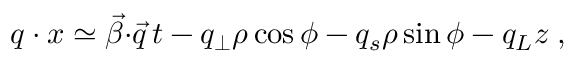
q \cdot x \simeq { \vec { \beta } } { \cdot } { \vec { q } } \, t - q _ { \perp } \rho \cos \phi - q _ { s } \rho \sin \phi - q _ { L } z \; ,